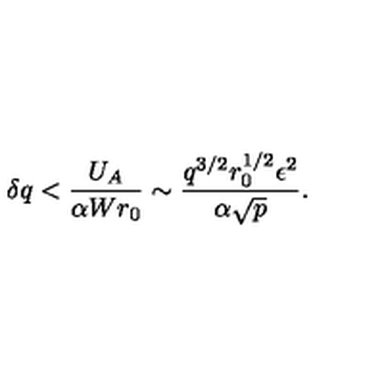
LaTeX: \delta q < { \frac { U _ { A } } { \alpha W r _ { 0 } } } \sim { \frac { q ^ { 3 / 2 } r _ { 0 } ^ { 1 / 2 } \epsilon ^ { 2 } } { \alpha \sqrt { p } } } .